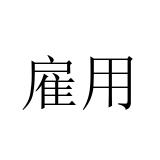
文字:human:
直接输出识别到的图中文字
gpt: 雇用